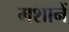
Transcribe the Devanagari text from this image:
मशानें